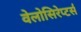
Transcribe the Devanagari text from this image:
वेलोसिरेप्‍टर्स